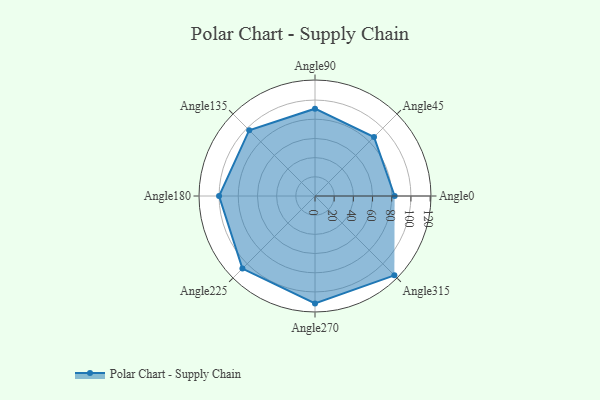
{"axis": {"x": "Angle", "y": "Radius"}, "legend": [""], "data": [{"x": "Angle0", "y": 83.0, "type": ""}, {"x": "Angle45", "y": 87.0, "type": ""}, {"x": "Angle90", "y": 91.0, "type": ""}, {"x": "Angle135", "y": 97.0, "type": ""}, {"x": "Angle180", "y": 100.0, "type": ""}, {"x": "Angle225", "y": 107.0, "type": ""}, {"x": "Angle270", "y": 112.0, "type": ""}, {"x": "Angle315", "y": 117.0, "type": ""}]}